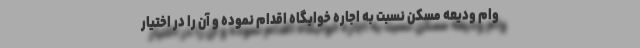
وام ودیعه مسکن نسبت به اجاره خوابگاه اقدام نموده و آن را در اختیار